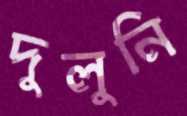
দুলুনি